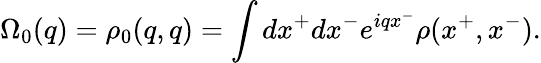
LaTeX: \Omega_{0}(q)=\rho_{0}(q,q)=\int dx^{+}dx^{-}e^{iqx^{-}}\rho(x^{+},x^{-}).